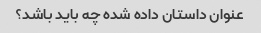
عنوان داستان داده شده چه باید باشد؟